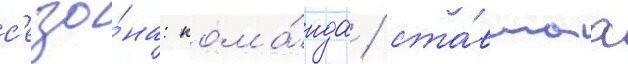
с'езо́на: кома́нда / ста́вшаа